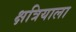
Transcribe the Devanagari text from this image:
क्षत्रियाला